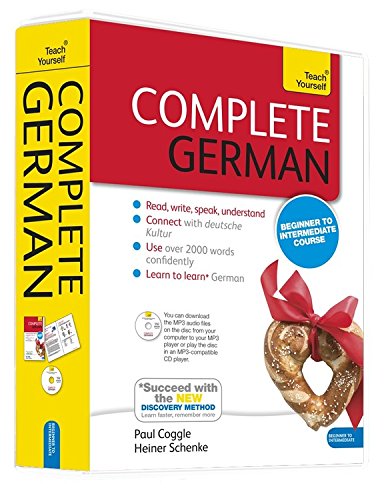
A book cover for Complete German: A Teach Yourself Program (Teach Yourself Language); Heiner Schenke; Travel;